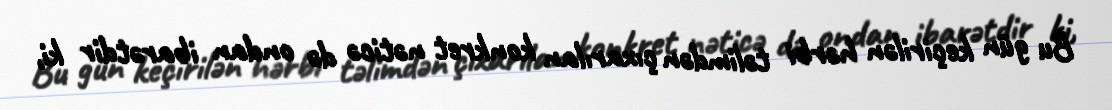
Bu gün keçirilən hərbi təlimdən çıxarılan konkret nəticə də ondan ibarətdir ki,